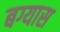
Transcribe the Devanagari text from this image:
बग्यास